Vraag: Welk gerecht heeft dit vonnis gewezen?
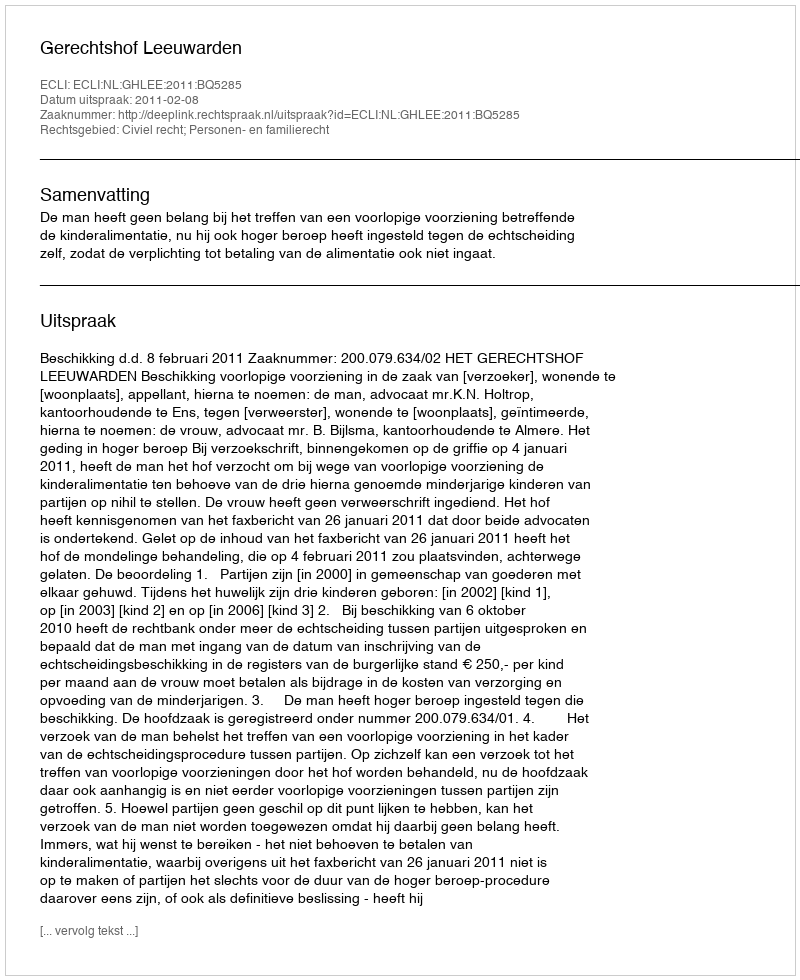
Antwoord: Gerechtshof Leeuwarden